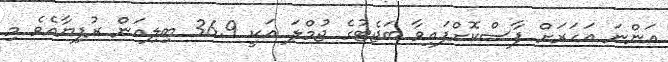
އަންނަ އަހަރަށް ފާސްކޮށްފައިވާ ބަޖެޓުގެ ޖުމްލަ އަކީ 36.9 ބިލިއަން ރުފިޔާއެވެ މި